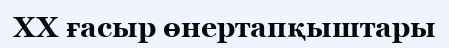
XX ғасыр өнертапқыштары